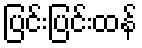
ပြင်းပြင်းထန်